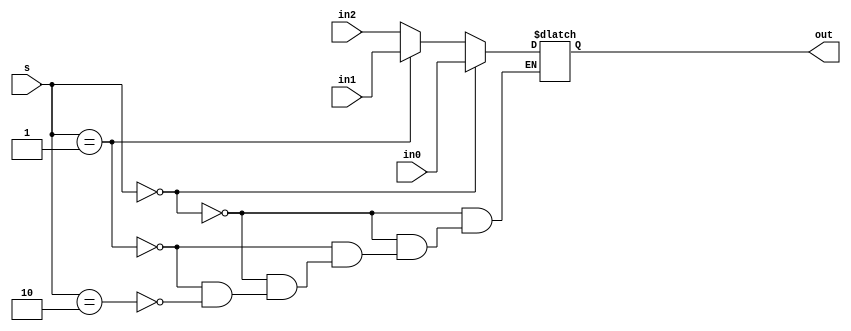
`timescale 1ns/1ps
module mux_2x1_2_bit(in0, in1, in2, out, s);
	
	input [31:0] in0, in1, in2;
	input [1:0] s;
	output reg [31:0] out;
	
	always @ (*)
	begin
		if (s == 2'b00) out = in0;
		else if (s == 2'b01) out = in1;
		else if (s == 2'b10) out = in2;
	end

endmodule